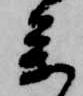
参